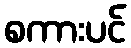
စကားပင်